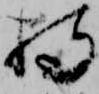
持